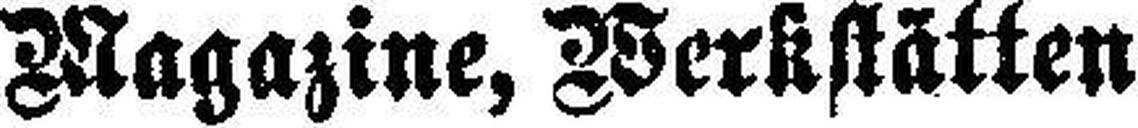
Magazine, Werkstätten